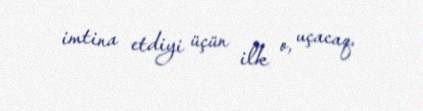
imtina etdiyi üçün ilk o, uçacaq.